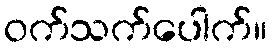
ဝက်သက်ပေါက်။